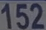
152